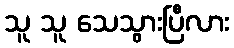
သူ သူ သေသွားပြီလား